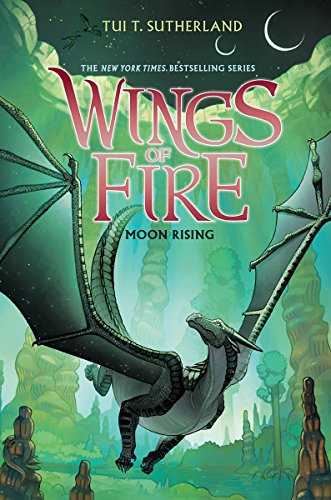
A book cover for Wings of Fire Book Six: Moon Rising; Tui T. Sutherland; Children's Books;